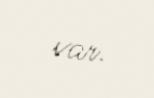
var.